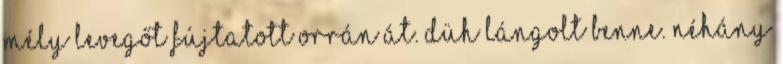
Mély levegőt fújtatott orrán át. Düh lángolt benne. Néhány